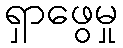
ရှာဖွေမှု